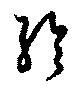
綸